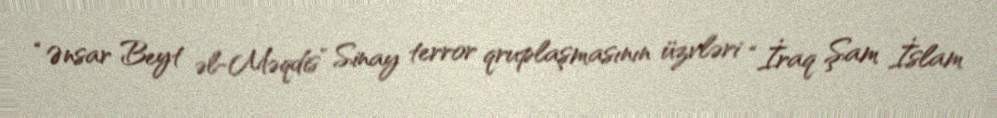
“Ənsar Beyt əl-Məqdis” Sinay terror qruplaşmasının üzvləri “İraq Şam İslam